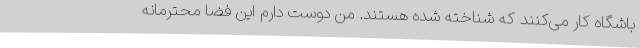
باشگاه کار می‌کنند که شناخته شده هستند. من دوست دارم این فضا محترمانه